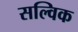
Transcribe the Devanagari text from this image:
सल्विक